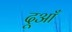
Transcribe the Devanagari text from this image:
दूआँ